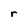
Character: r